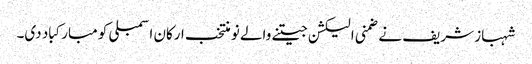
شہباز شریف نے ضمنی الیکشن جیتنے والے نو منتخب ارکان اسمبلی کو مبارکباد دی۔